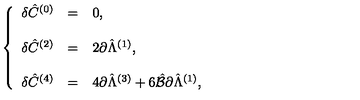
\left\{ \begin{array} { r c l } { \delta \hat { C } ^ { ( 0 ) } } & { = } & { 0 , } \\ { } & { } & { } \\ { \delta \hat { C } ^ { ( 2 ) } } & { = } & { 2 \partial \hat { \Lambda } ^ { ( 1 ) } , } \\ { } & { } & { } \\ { \delta \hat { C } ^ { ( 4 ) } } & { = } & { 4 \partial \hat { \Lambda } ^ { ( 3 ) } + 6 \hat { \cal B } \partial \hat { \Lambda } ^ { ( 1 ) } , } \\ \end{array} \right.